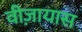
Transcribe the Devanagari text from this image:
वीज़ायास